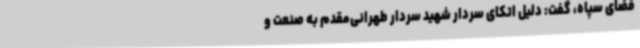
فضای سپاه، گفت: دلیل اتکای سردار شهید سردار طهرانی‌مقدم به صنعت و